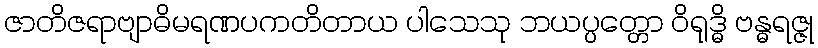
ဇာတိဇရာဗျာဓိမရဏပကတိတာယ ပါသေသု ဘယပ္ပတ္တော ဝိရုဒ္ဓိ ဗန္ဓရဇ္ဇု